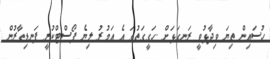
ހުސައިން ތިޔަ ވިދާޅުވީ ރަނގަޅަށް .ހަގީގަތުގަ އެ އަމުރު ލިޔެ ޕޯސްޓްކުރީ ފަނޑިޠާރުން